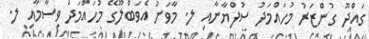
ގައްދޫ ގުންޒަރު މުހައްމަދު ސުފްޔާނާއި ލ. މާވަށު އެވަބްލޫގޭ މުހައްމަދު ވިސާމާއި ލ.